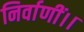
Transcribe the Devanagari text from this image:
निर्वाणीं।।